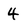
Character: 4